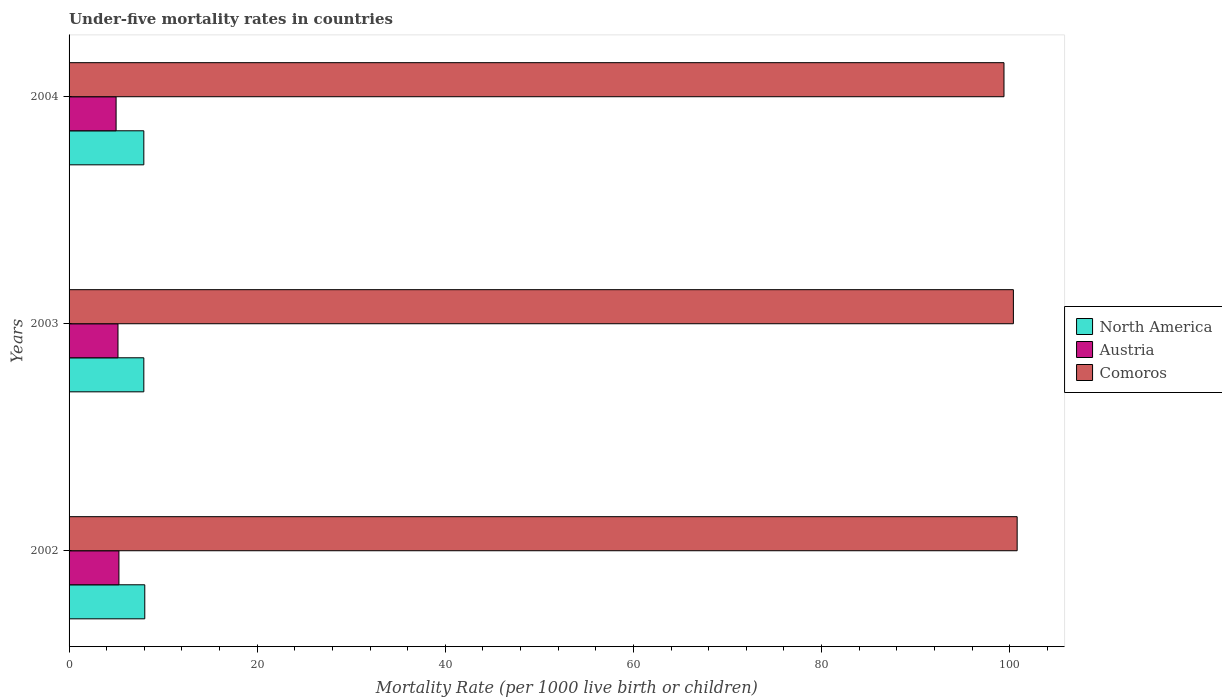
| Years | North America | Austria | Comoros |
 | --- | --- | --- | --- |
 | 2002 | 8.05 | 5.3 | 101 |
 | 2003 | 7.95 | 5.2 | 100 |
 | 2004 | 7.95 | 5 | 99.4 |